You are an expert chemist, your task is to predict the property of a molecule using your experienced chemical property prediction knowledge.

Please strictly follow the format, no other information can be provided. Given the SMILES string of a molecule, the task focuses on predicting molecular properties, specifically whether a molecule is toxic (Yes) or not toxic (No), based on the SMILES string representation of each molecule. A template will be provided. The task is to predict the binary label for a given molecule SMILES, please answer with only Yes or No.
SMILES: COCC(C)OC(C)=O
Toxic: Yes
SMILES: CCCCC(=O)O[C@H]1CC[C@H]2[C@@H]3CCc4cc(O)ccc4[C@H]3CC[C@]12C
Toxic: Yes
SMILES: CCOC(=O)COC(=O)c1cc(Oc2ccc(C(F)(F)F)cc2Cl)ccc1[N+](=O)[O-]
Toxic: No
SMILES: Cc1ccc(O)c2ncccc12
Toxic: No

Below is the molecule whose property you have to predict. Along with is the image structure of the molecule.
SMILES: COP(=S)(OC)Oc1cc(Cl)c(Cl)cc1Cl
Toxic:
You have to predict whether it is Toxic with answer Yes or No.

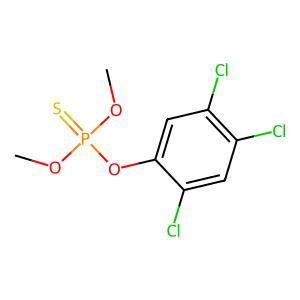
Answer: No